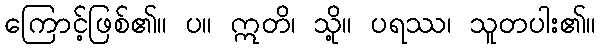
ကြောင့်ဖြစ်၏။ ပ။ ဣတိ၊ သို့။ ပရဿ၊ သူတပါး၏။